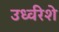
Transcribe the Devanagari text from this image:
उर्ध्वरेशे